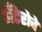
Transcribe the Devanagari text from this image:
अँटेरोचे